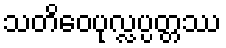
သတိဝေပုလ္လပ္ပတ္တဿ